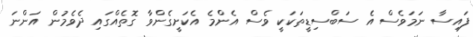
ފައިސާ ނަމަވެސް އެ ސަބްސިޑީތަކަކީ ވެސް އެންމެ އެކަށީގެންވާ ގޮތެއްގައި ދެވެމުން އަންނަ